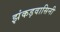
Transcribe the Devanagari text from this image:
झंकड़वासिनी